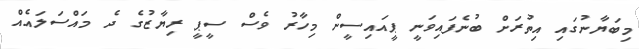
މިބަޔާނުގައި އިތުރަށް ބުނެފައިވަނީ ޕީއައިސީން މިހާރު ވެސް ސީޕީ ރިޔާޒުގެ ދެ މައްސަލައެއް